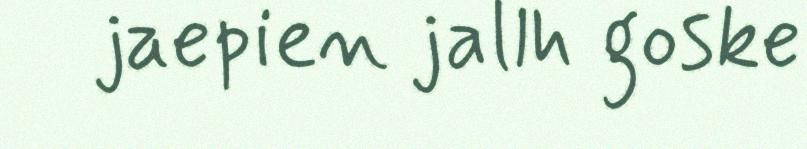
jaepien jallh goske